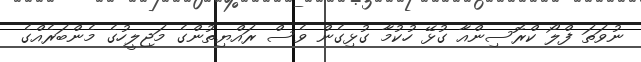
ނުވަތަ ފްލޯ ކްރޮސިންއާ ގުޅޭ ހުކުމާ ގުޅިގެން ވެސް ރައްޔިތުންގެ މަޖިލީހުގެ މެންބަރެއްގެ